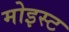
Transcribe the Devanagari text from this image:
मोइस्ट